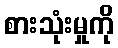
စားသုံးမှုကို